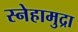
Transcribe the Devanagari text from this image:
स्नेहामुद्रा